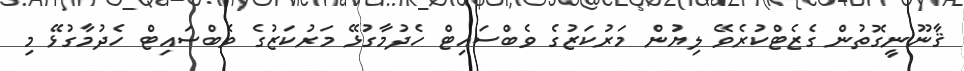
ޤާނޫނީގޮތުން ގެޒެޓްކުރެވޭ ލިޔުން މަރުކަޒުގެ ވެބްސައިޓް ހެދުމާގުޅޭ މަރުކަޒުގެ ވެބްސައިޓް ހެދުމާގުޅޭ މި